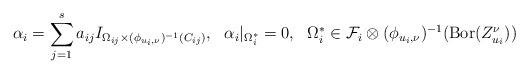
LaTeX: \begin{align*}\alpha_i=\sum\limits_{j=1}^s a_{ij}I_{\Omega_{ij}\times (\phi_{u_i,\nu})^{-1}(C_{ij})}, \ \ \alpha_i|_{\Omega_i^{*}}=0, \ \ \Omega_i^{*}\in \mathcal F_i\otimes (\phi_{u_i,\nu})^{-1}(\mbox{Bor}(Z^\nu_{u_i})) \end{align*}